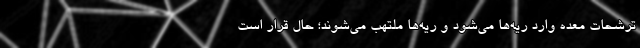
ترشحات معده وارد ریه‌ها می‌شود و ریه‌ها ملتهب می‌شوند؛ حال قرار است